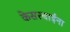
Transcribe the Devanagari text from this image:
केसरबाईंना